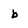
Character: b